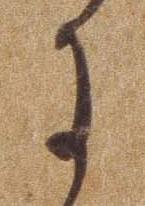
に